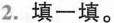
2.填一填。